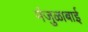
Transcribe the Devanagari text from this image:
मंजुळाबाई